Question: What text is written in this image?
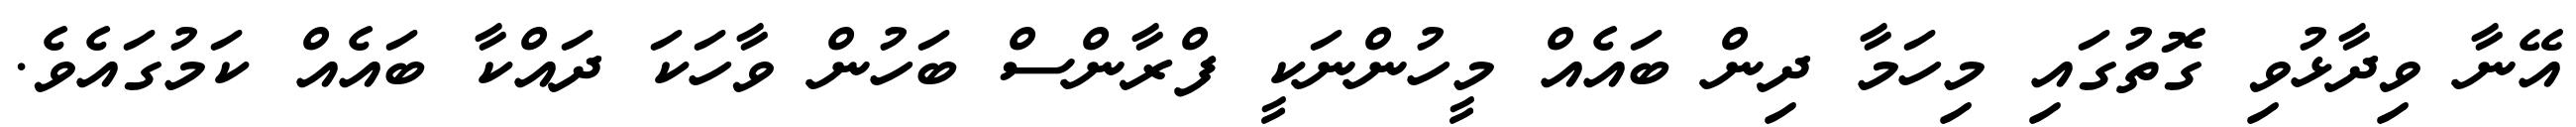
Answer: އޭނާ ވިދާޅުވި ގޮތުގައި މިހަމާ ދިން ބައެއް މީހުންނަކީ ފްރާންސް ބަހުން ވާހަކަ ދައްކާ ބައެއް ކަމުގައެވެ.